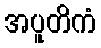
အပူတိကံ